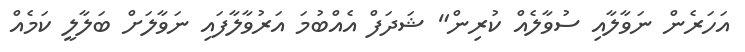
އަހަރެން ނަވާލާއި ސުވާލެއް ކުރިން" ޝަދަފް އެއްބުމަ އަރުވާލާފައި ނަވާލަށް ބަލާލީ ކަމެއް